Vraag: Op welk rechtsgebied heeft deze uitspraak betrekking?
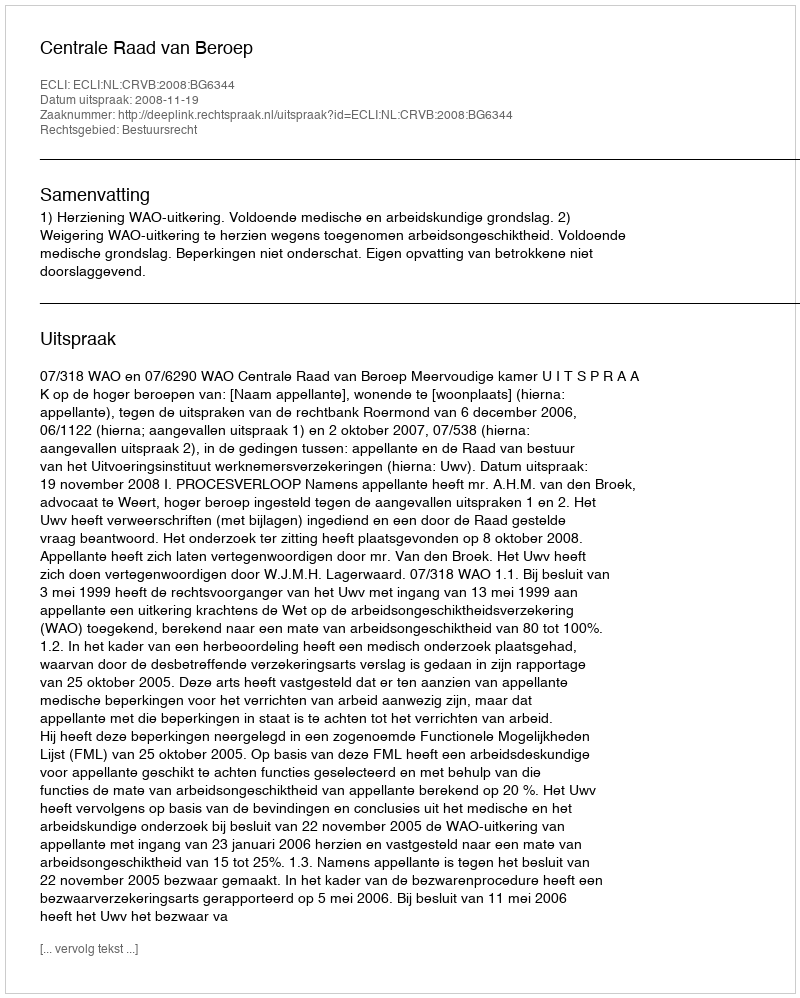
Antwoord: Bestuursrecht